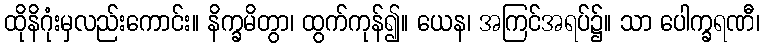
ထိုနိဂုံးမှလည်းကောင်း။ နိက္ခမိတွာ၊ ထွက်ကုန်၍။ ယေန၊ အကြင်အရပ်၌။ သာ ပေါက္ခရဏီ၊